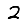
Digit: 2